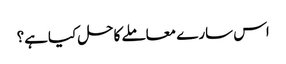
اس سارے معاملے کاحل کیاہے؟